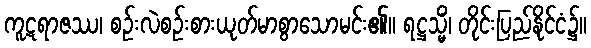
ကူဋရာဇဿ၊ စဉ်းလဲစဉ်းစားယုတ်မာစွာသောမင်း၏။ ရဋ္ဌသ္မိံ၊ တိုင်းပြည်နိုင်ငံ၌။